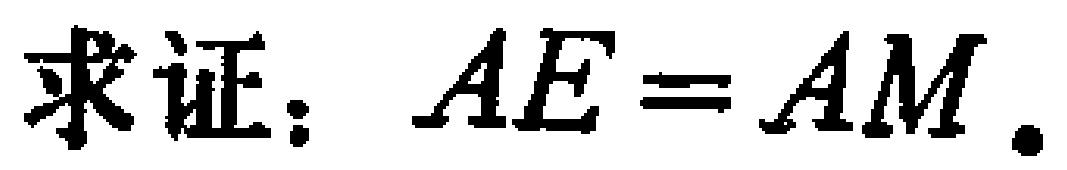
求证：$AE = AM.$